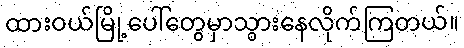
ထားဝယ်မြို့ပေါ်တွေမှာသွားနေလိုက်ကြတယ်။